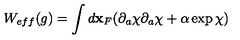
W _ { e f f } ( g ) = \int d { \bf x } _ { F } ( \partial _ { a } \chi \partial _ { a } \chi + \alpha \exp \chi )